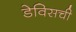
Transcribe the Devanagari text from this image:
डेविसची